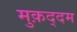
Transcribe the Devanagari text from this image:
मुक़द्दम